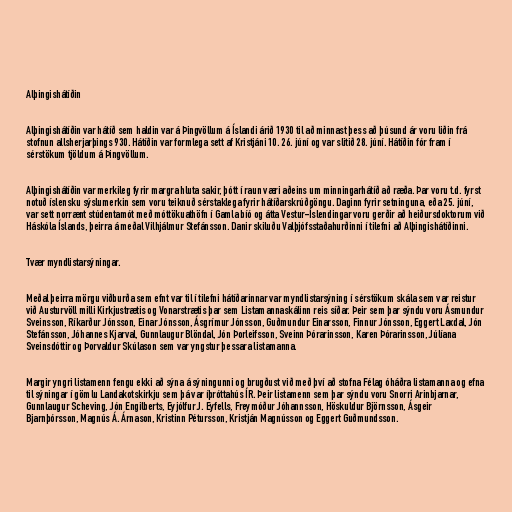
Alþingishátíðin

Alþingishátíðin var hátíð sem haldin var á Þingvöllum á Íslandi árið 1930 til að minnast þess að þúsund ár voru liðin frá
stofnun allsherjarþings 930. Hátíðin var formlega sett af Kristjáni 10. 26. júní og var slitið 28. júní. Hátíðin fór fram í
sérstökum tjöldum á Þingvöllum.

Alþingishátíðin var merkileg fyrir margra hluta sakir, þótt í raun væri aðeins um minningarhátíð að ræða. Þar voru t.d. fyrst
notuð íslensku sýslumerkin sem voru teiknuð sérstaklega fyrir hátíðarskrúðgöngu. Daginn fyrir setninguna, eða 25. júní,
var sett norrænt stúdentamót með móttökuathöfn í Gamla bíó og átta Vestur-Íslendingar voru gerðir að heiðursdoktorum við
Háskóla Íslands, þeirra á meðal Vilhjálmur Stefánsson. Danir skiluðu Valþjófsstaðahurðinni í tilefni að Alþingishátíðinni.

Tvær myndlistarsýningar.

Meðal þeirra mörgu viðburða sem efnt var til í tilefni hátíðarinnar var myndlistarsýning í sérstökum skála sem var reistur
við Austurvöll milli Kirkjustrætis og Vonarstrætis þar sem Listamannaskálinn reis síðar. Þeir sem þar sýndu voru Ásmundur
Sveinsson, Ríkarður Jónsson, Einar Jónsson, Ásgrímur Jónsson, Guðmundur Einarsson, Finnur Jónsson, Eggert Laxdal, Jón
Stefánsson, Jóhannes Kjarval, Gunnlaugur Blöndal, Jón Þorleifsson, Sveinn Þórarinsson, Karen Þórarinsson, Júlíana
Sveinsdóttir og Þorvaldur Skúlason sem var yngstur þessara listamanna.

Margir yngri listamenn fengu ekki að sýna á sýningunni og brugðust við með því að stofna Félag óháðra listamanna og efna
til sýningar í gömlu Landakotskirkju sem þá var íþróttahús ÍR. Þeir listamenn sem þar sýndu voru Snorri Arinbjarnar,
Gunnlaugur Scheving, Jón Engilberts, Eyjólfur J. Eyfells, Freymóður Jóhannsson, Höskuldur Björnsson, Ásgeir
Bjarnþórsson, Magnús Á. Árnason, Kristinn Pétursson, Kristján Magnússon og Eggert Guðmundsson.